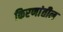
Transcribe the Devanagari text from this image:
किरणांतील